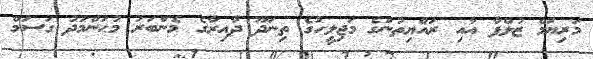
މަރިޔަމް ޒުލްފާ އާއި ރައްޔިތުންގެ މަޖިލީހުގެ ތިނަދޫ ދާއިރާގެ މެންބަރު މުޙަންމަދު ގަސަމް